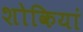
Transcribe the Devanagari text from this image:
शोकियां